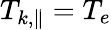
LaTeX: T_{k,\parallel}=T_{e}